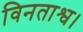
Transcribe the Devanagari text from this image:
विनताश्व।